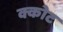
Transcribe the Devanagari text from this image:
क्कोट